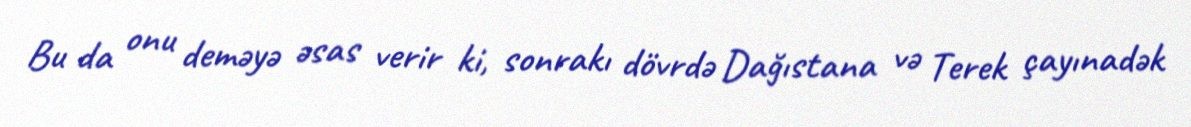
Bu da onu deməyə əsas verir ki, sonrakı dövrdə Dağıstana və Terek çayınadək